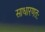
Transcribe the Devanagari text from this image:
साधारणतः